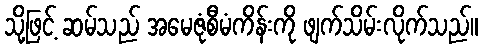
သို့ဖြင့် ဆမ်သည် အမေဇုံစီမံကိန်းကို ဖျက်သိမ်းလိုက်သည်။